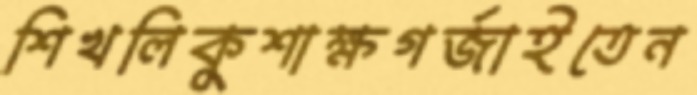
শিখলিকুশাক্ষগর্জাইতেন